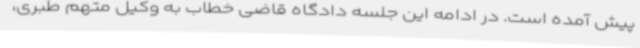
پیش آمده است. در ادامه این جلسه دادگاه قاضی خطاب به وکیل متهم طبری،